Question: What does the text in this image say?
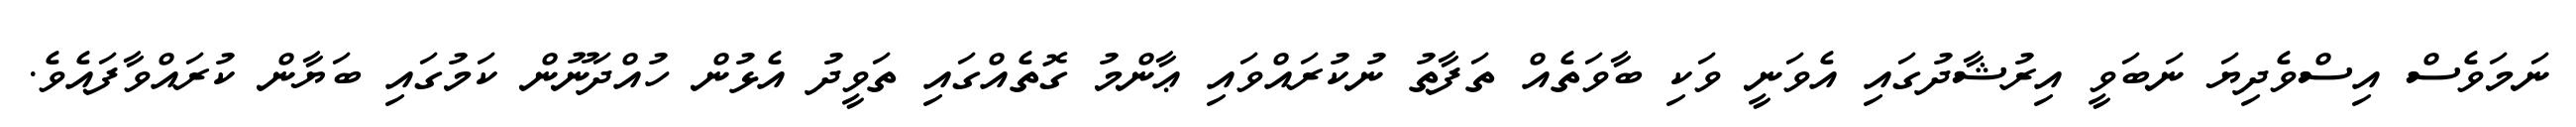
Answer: ނަމަވެސް އިސްވެދިޔަ ނަބަވީ އިރުޝާދުގައި އެވަނީ ވަކި ބާވަތެއް ތަފާތު ނުކުރައްވައި ޢާންމު ގޮތެއްގައި ތަވީދު އެޅުން ހުއްދަނޫން ކަމުގައި ބަޔާން ކުރައްވާފައެވެ.